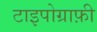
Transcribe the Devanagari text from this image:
टाइपोग्राफ़ी